Leaving Certificate Examination, 1916
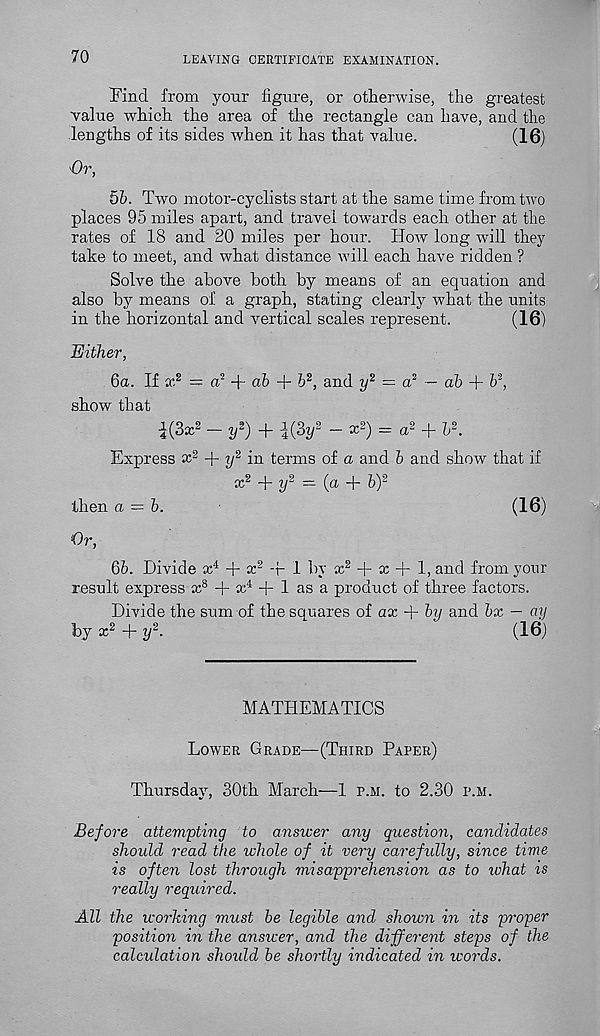
70
LEAVING CERTIFICATE EXAMINATION.
Find from your figure, or otherwise, the greatest
value which the area of the rectangle can have, and the
lengths of its sides when it has that value.
(16)
'Or,
5b. Two motor-cyclists start at the same time from two
places 95 miles apart, and travel towards each other at the
rates of 18 and 20 miles per hour. How long will they
take to meet, and what distance will each have ridden ?
Solve the above both by means of an equation and
also by means of a graph, stating clearly what the units
in the horizontal and vertical scales represent.
(16)
Either,
ба. If x 2 = or + ab + b 2 , and y 2 — a 2 — ah + b 2 ,
show that
|(3x 2 — y 2 ) -f i(3?/ 2 — x 2 ) — a 2
h 2 .
Express x 2 + y 2 in terms of a and b and show that if
x 2 + y 2 — (a + b) 2
then a — b.
(16)
Or,
бб. Divide x 4 + a: 2 -f 1 by x 2 + x + 1, and from yonr
result express x 8 + x 4 + 1 as a product of three factors.
Divide the sum of the souares of ax + by and bx — ay
by x 2 + y 2 .
'
(16)
MATHEMATICS
Lower Grade—(Third Paper)
Thursday, 30th March—1 p.m. to 2.30 p.m.
Before attempting to answer any question, candidates
should read the whole of it very carefully, since time
is often lost through misapprehension as to what is
really required.
All the working must be legible and shown in its proper
position in the answer, and the different steps of the
calculation should be shortly indicated in icords.